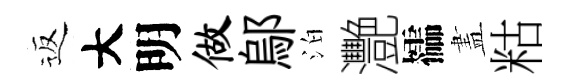
返大明做鄔泊灧櫺𥁞䊀